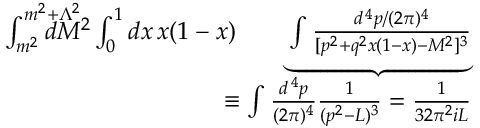
\begin{array} { r l r } { \int _ { m ^ { 2 } } ^ { m ^ { 2 } + \Lambda ^ { 2 } } \! \! \! \! \! \! \! \! \! \! d M ^ { 2 } \int _ { 0 } ^ { 1 } d x \, x ( 1 - x ) } & { } & { \! \! \! \! \! \underbrace { \int { \frac { d ^ { \, 4 } p / ( 2 \pi ) ^ { 4 } } { [ p ^ { 2 } + q ^ { 2 } x ( 1 - x ) - M ^ { 2 } ] ^ { 3 } } } } } \\ & { } & { \! \! \! \! \! \! \! \! \! \! \! \! \! \! \! \equiv \int { \frac { d ^ { \, 4 } p } { ( 2 \pi ) ^ { 4 } } } { \frac { 1 } { ( p ^ { 2 } - L ) ^ { 3 } } } = { \frac { 1 } { 3 2 \pi ^ { 2 } i L } } } \end{array}